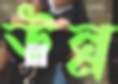
উন্ন